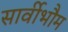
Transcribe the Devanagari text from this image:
सार्वीभौम